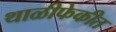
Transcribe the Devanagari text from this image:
थाळीफेकीत